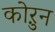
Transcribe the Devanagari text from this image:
कोऱुन